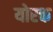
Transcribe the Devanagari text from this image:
योरक